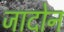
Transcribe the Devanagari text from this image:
जादोन